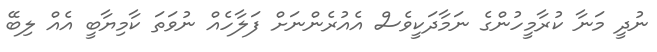
ނުދީ މަނާ ކުރާމީހުންގެ ނަމާދަކީވެސް އެއުރެންނަށް ފަލާހެއް ނުވަތަ ކާމިޔާބީ އެއް ލިބޭ